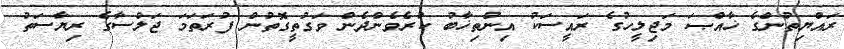
ރައްޔިތުންގެ ޚާއްޞަ މަޖިލީހުގެ ރައީސަކު އިންތިޚާބު ކުރެވެންދެން ވަގުތީގޮތުން ފުރަތަމަ ޖަލްސާގެ ރިޔާސަތު